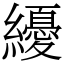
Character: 纋